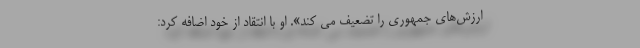
ارزش‌های جمهوری را تضعیف می کند». او با انتقاد از خود اضافه كرد: